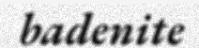
badenite